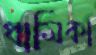
ধার্মিকা